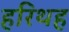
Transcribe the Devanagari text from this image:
हरिथह